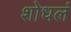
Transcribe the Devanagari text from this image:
शोधलं